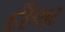
દૌલા